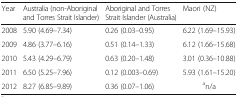
| Year | Australia (non-Aboriginal and Torres Strait Islander) | Aboriginal and Torres Strait Islander (Australia) | Maori (NZ) |
 | --- | --- | --- | --- |
 | 2008 | 5.90 (4.69–7.34) | 0.26 (0.03–0.95) | 6.22 (1.69–15.93) |
 | 2009 | 4.86 (3.77–6.16) | 0.51 (0.14–1.33) | 6.12 (1.66–15.68) |
 | 2010 | 5.43 (4.29–6.79) | 0.63 (0.20–1.48) | 3.01 (0.36–10.88) |
 | 2011 | 6.50 (5.25–7.96) | 0.12 (0.003–0.69) | 5.93 (1.61–15.20) |
 | 2012 | 8.27 (6.85–9.89) | 0.36 (0.07–1.06) | an/a |